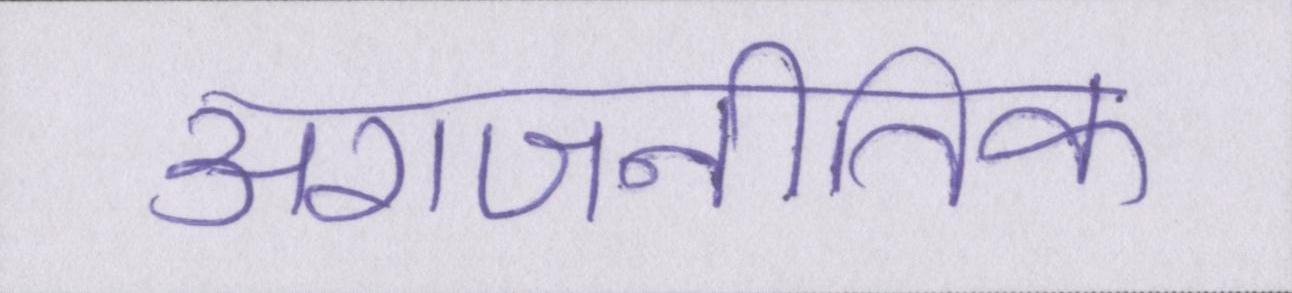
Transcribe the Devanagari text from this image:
अराजनीतिक